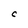
Character: C